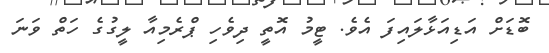
ބޮޑަށް އަޑިއަޅާލައިފަ އެވެ. ޓީމު އޮތީ ދިވެހި ޕްރެމިއާ ލީގުގެ ހަތް ވަނަ